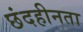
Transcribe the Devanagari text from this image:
छंदहीनता